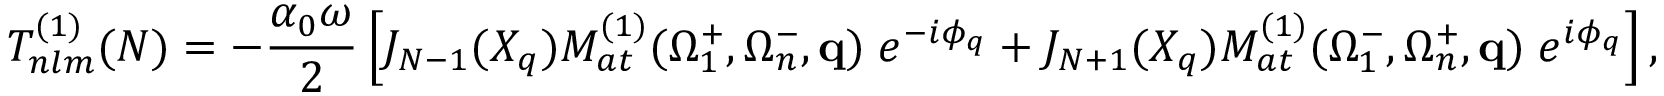
T _ { n l m } ^ { ( 1 ) } ( N ) = - \frac { \alpha _ { 0 } \omega } { 2 } \left[ J _ { N - 1 } ( X _ { q } ) { \cal M } _ { a t } ^ { ( 1 ) } ( \Omega _ { 1 } ^ { + } , \Omega _ { n } ^ { - } , \mathbf { q } ) \; e ^ { - i \phi _ { q } } + J _ { N + 1 } ( X _ { q } ) { \cal M } _ { a t } ^ { ( 1 ) } ( \Omega _ { 1 } ^ { - } , \Omega _ { n } ^ { + } , \mathbf { q } ) \; e ^ { i \phi _ { q } } \right] ,